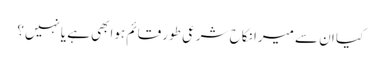
کیا ان سے میرا نکاح شرعی طور قائم ہوابھی ہے یانہیں؟